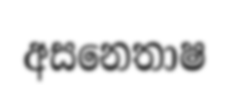
අසනෙතාෂ